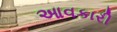
આવકારી